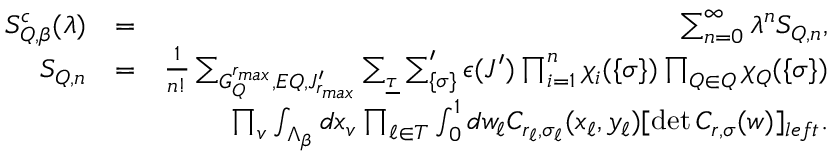
\begin{array} { r l r } { S _ { { \cal Q } , \beta } ^ { c } ( \lambda ) } & { = } & { \sum _ { n = 0 } ^ { \infty } \lambda ^ { n } S _ { { \cal Q } , n } , } \\ { S _ { { \cal Q } , n } } & { = } & { { \frac { 1 } { n ! } } \sum _ { { \cal G } _ { \cal Q } ^ { r _ { m a x } } , { \cal { E Q } } , { \cal J } _ { r _ { m a x } } ^ { \prime } } \sum _ { \underline { \tau } } \sum _ { \{ { \sigma } \} } ^ { \prime } { \epsilon } ( { \cal J } ^ { \prime } ) \prod _ { i = 1 } ^ { n } \chi _ { i } ( \{ \sigma \} ) \prod _ { Q \in { \cal Q } } \chi _ { Q } ( \{ \sigma \} ) } \\ & { } & { \quad \quad \prod _ { v } \int _ { \Lambda _ { \beta } } d x _ { v } \prod _ { \ell \in { \cal T } } \int _ { 0 } ^ { 1 } d w _ { \ell } C _ { r _ { \ell } , { \sigma } _ { \ell } } ( x _ { \ell } , y _ { \ell } ) [ \operatorname* { d e t } C _ { r , { \sigma } } ( w ) ] _ { l e f t } . } \end{array}